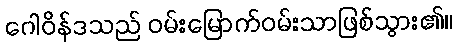
ဂေါဝိန်ဒသည် ဝမ်းမြောက်ဝမ်းသာဖြစ်သွား၏။